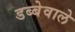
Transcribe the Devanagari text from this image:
डब्बेवाले